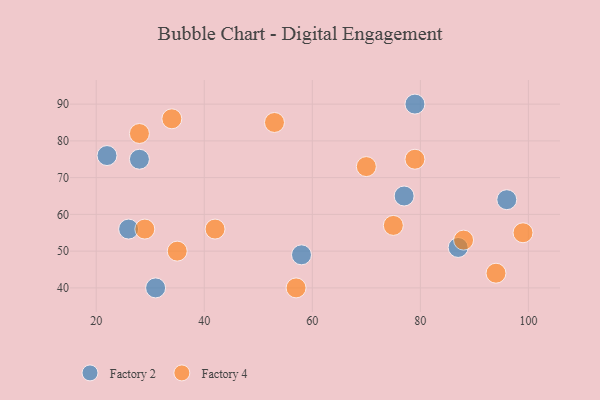
{"axis": {"x": "GDP", "y": "Life Expectancy"}, "legend": ["Factory 2", "Factory 4"], "data": [{"x": "26", "y": 56, "type": "Factory 2"}, {"x": "28", "y": 75, "type": "Factory 2"}, {"x": "77", "y": 65, "type": "Factory 2"}, {"x": "22", "y": 76, "type": "Factory 2"}, {"x": "31", "y": 40, "type": "Factory 2"}, {"x": "58", "y": 49, "type": "Factory 2"}, {"x": "79", "y": 90, "type": "Factory 2"}, {"x": "96", "y": 64, "type": "Factory 2"}, {"x": "87", "y": 51, "type": "Factory 2"}, {"x": "70", "y": 73, "type": "Factory 4"}, {"x": "35", "y": 50, "type": "Factory 4"}, {"x": "88", "y": 53, "type": "Factory 4"}, {"x": "75", "y": 57, "type": "Factory 4"}, {"x": "29", "y": 56, "type": "Factory 4"}, {"x": "34", "y": 86, "type": "Factory 4"}, {"x": "53", "y": 85, "type": "Factory 4"}, {"x": "28", "y": 82, "type": "Factory 4"}, {"x": "42", "y": 56, "type": "Factory 4"}, {"x": "94", "y": 44, "type": "Factory 4"}, {"x": "57", "y": 40, "type": "Factory 4"}, {"x": "79", "y": 75, "type": "Factory 4"}, {"x": "99", "y": 55, "type": "Factory 4"}]}